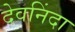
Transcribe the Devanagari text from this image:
देवनिंदा